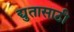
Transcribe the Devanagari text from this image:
द्युतासाठी